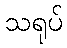
သရုပ်